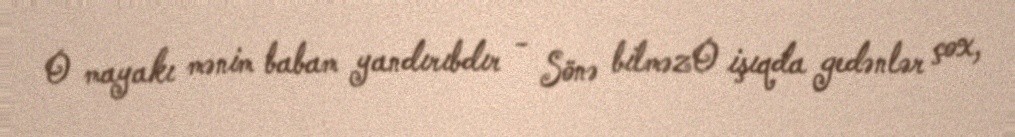
O mayakı mənim babam yandırıbdır - Sönə bilməzO işıqda gedənlər çox,